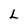
Character: L